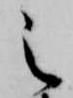
之